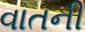
વાતની